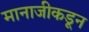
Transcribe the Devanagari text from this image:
मानाजीकडून